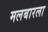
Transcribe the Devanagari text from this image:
मलबारला